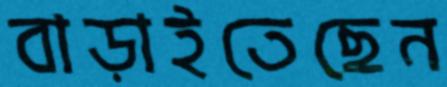
বাড়াইতেছেন